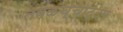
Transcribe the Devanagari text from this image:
तवळच्चाट्टम